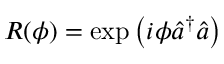
R ( \phi ) = \exp \left( i \phi \hat { a } ^ { \dagger } \hat { a } \right)